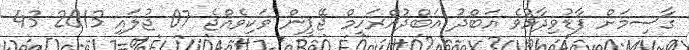
ގާސިމަށް ފާޑުވިދާޅުވެ އަބްދު އަބްދުއްރަހީމް ޖޭޕީން ވަކިވެއްޖެ 07 ޖުލައި 2013 43